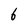
Character: 6